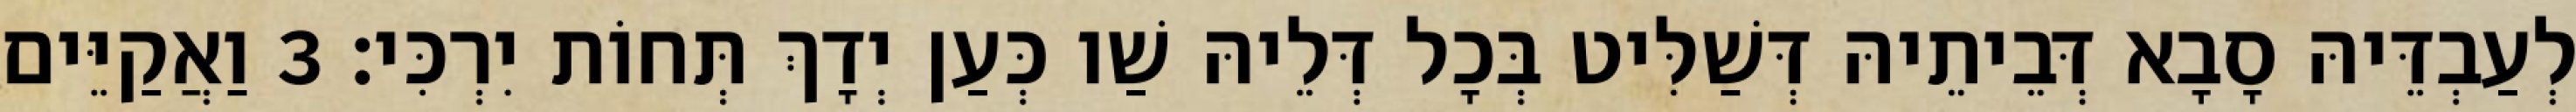
לְעַבְדֵּיהּ סָבָא דְּבֵיתֵיהּ דְּשַׁלִּיט בְּכָל דְּלֵיהּ שַׁו כְּעַן יְדָךְ תְּחוֹת יִרְכִּי׃ 3 וַאֲקַיֵּים